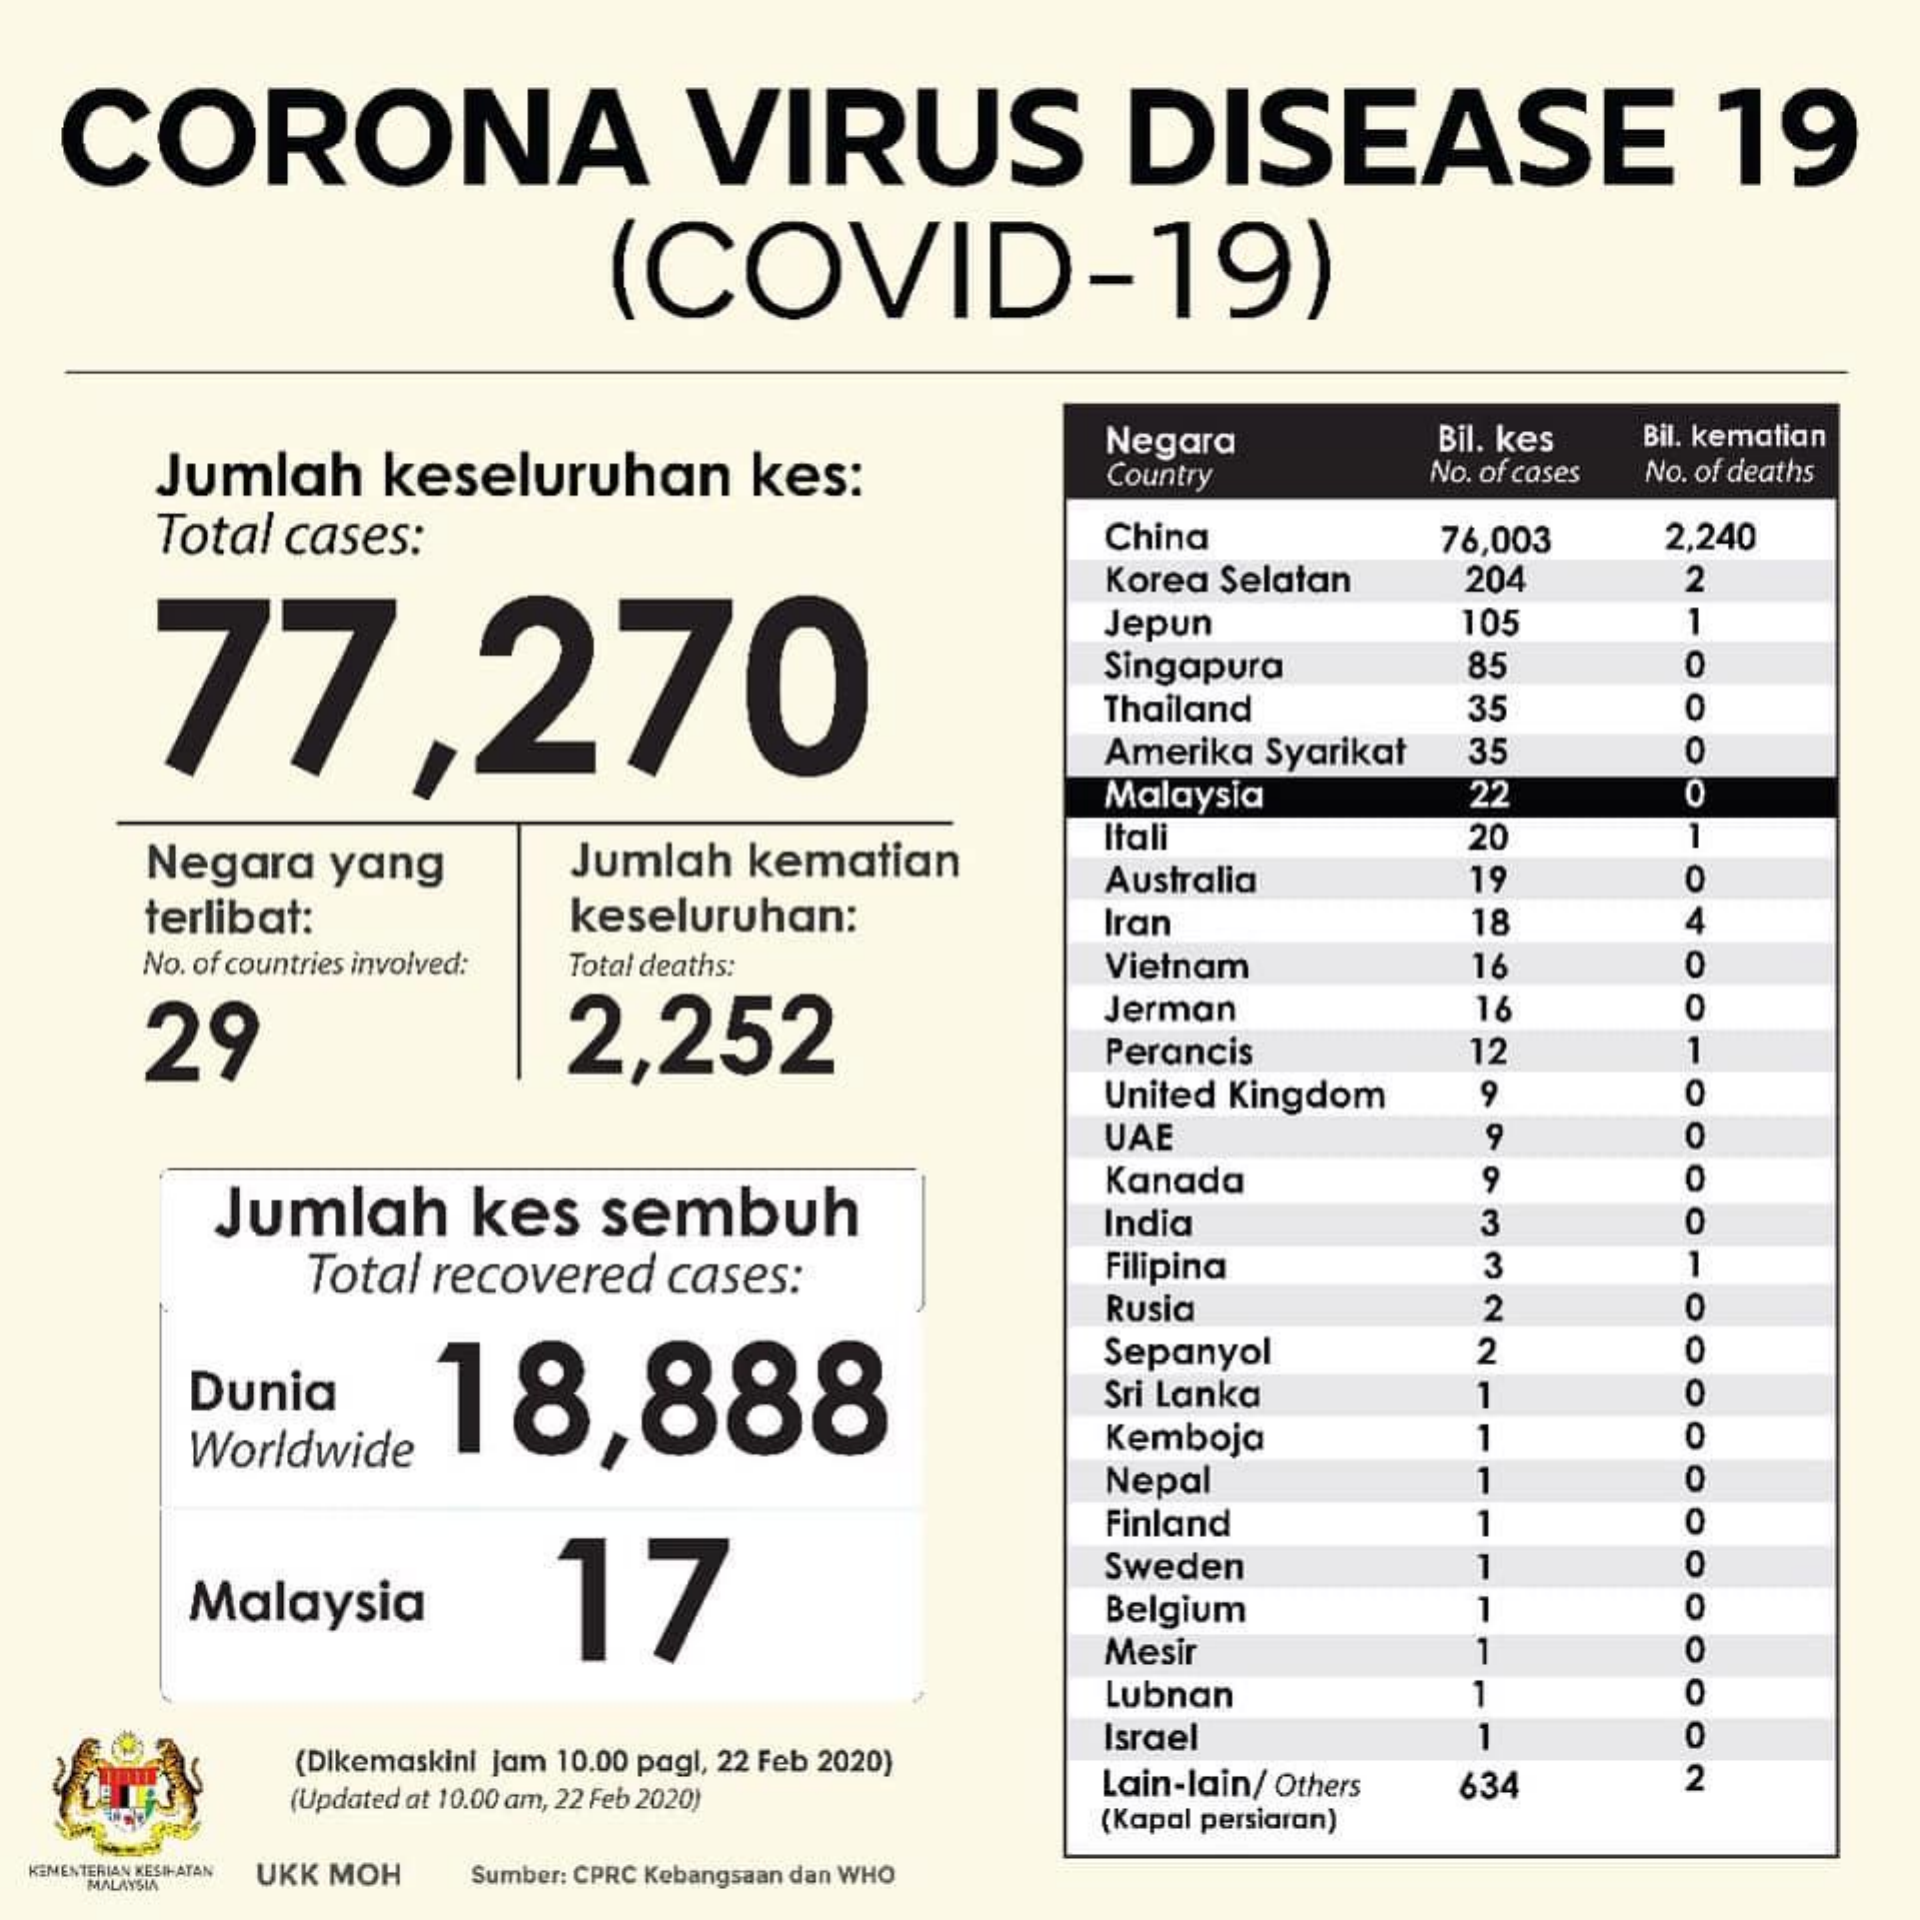
CORONA    VIRUS    DISEASE    19
     (COVID-19)
     Jumlah    keseluruhan    kes:
     Negara    Bil. kes    Bil. kematian
     Country    No. of cases  No. of deaths
     Total  cases:    China    76,003    2,240
     Korea Selatan    204    2
     77,270
     105
     -
     Jepun
     Singapura    85
     O
     Thailand    35    0
     Amerika  Syarikat    35    O
     Malaysia    22    0
     -
     Negara    yang    Jumlah    kematian
     Itali    20
     19
     keseluruhan:
     Australia    O
     terlibat:    Iran    18    4
     No. of countries involved: Total deaths:    Vietnam    16    0
     29    2,252
     Jerman    18    O
     Perancis    12
     United Kingdom    9    0
     UAE    9    0
     Jumlah    kes    sembuh
     Kanada    9    0
     O- India 3
     Total   recovered    cases:    Filipina    3
     Rusia    2    0
     18,888
     Sepanyol    2    0
     Dunia    Sri Lanka    0
     -
     Worldwide    Kemboja    0
     Nepal    0
     Finland    0
     17
     Sweden    0
     Malaysia    Belgium    0
     Mesir    0
     -
     Lubnan    0
     (Dikemaskini jam 10.00 pagl, 22 Feb 2020)
     Israel    0
     2
     (Updated at 10.00 am, 22 Feb 2020)
     Lain-lain/ Others    634
     (Kapal persiaran)
    HENTERIAN MESIH-ATAN UKK MOH Sumber: CPRC Kebangsaan dan WHO
     MALAYSIA